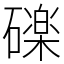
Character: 䃯